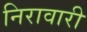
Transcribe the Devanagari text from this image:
निरावारी